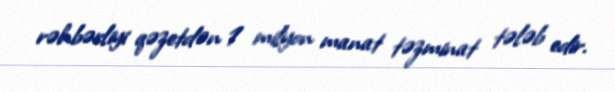
rəhbərliyi qəzetdən 1 milyon manat təzminat tələb edir.